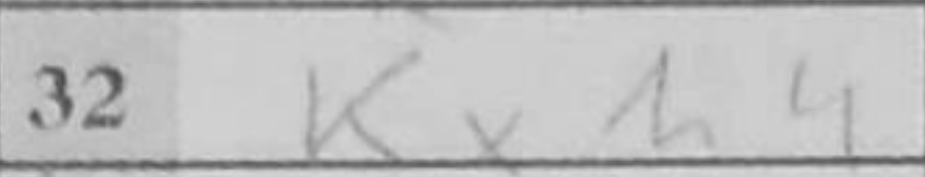
Transcription: Kxh4